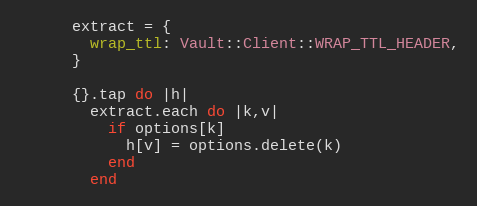
Language: Ruby
      extract = {
        wrap_ttl: Vault::Client::WRAP_TTL_HEADER,
      }

      {}.tap do |h|
        extract.each do |k,v|
          if options[k]
            h[v] = options.delete(k)
          end
        end